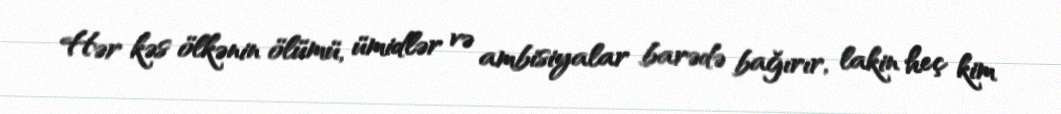
Hər kəs ölkənin ölümü, ümidlər və ambisiyalar barədə bağırır, lakin heç kim